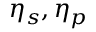
\eta _ { s } , \eta _ { p }